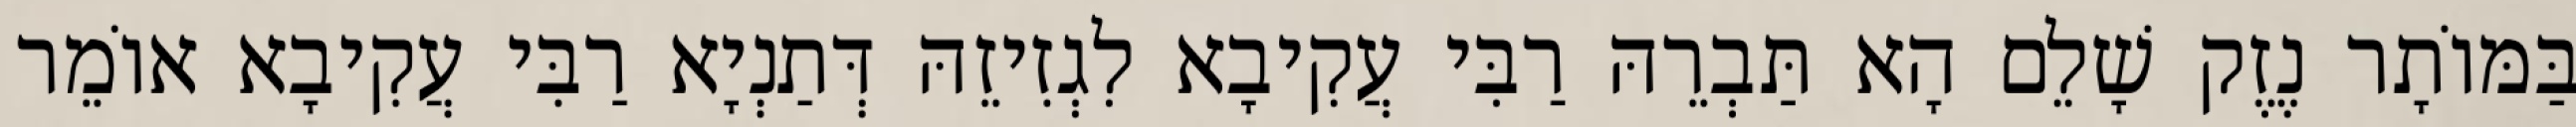
בַּמּוֹתָר נֶזֶק שָׁלֵם הָא תַּבְרֵהּ רַבִּי עֲקִיבָא לִגְזִיזֵהּ דְּתַנְיָא רַבִּי עֲקִיבָא אוֹמֵר